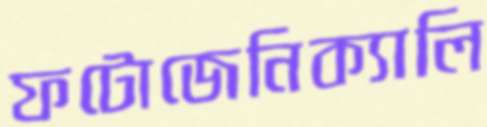
ফটোজেনিক্যালি